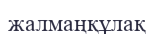
жалмаңқұлақ